Preparation of a safe and efficient antirabic vaccine - Number 44
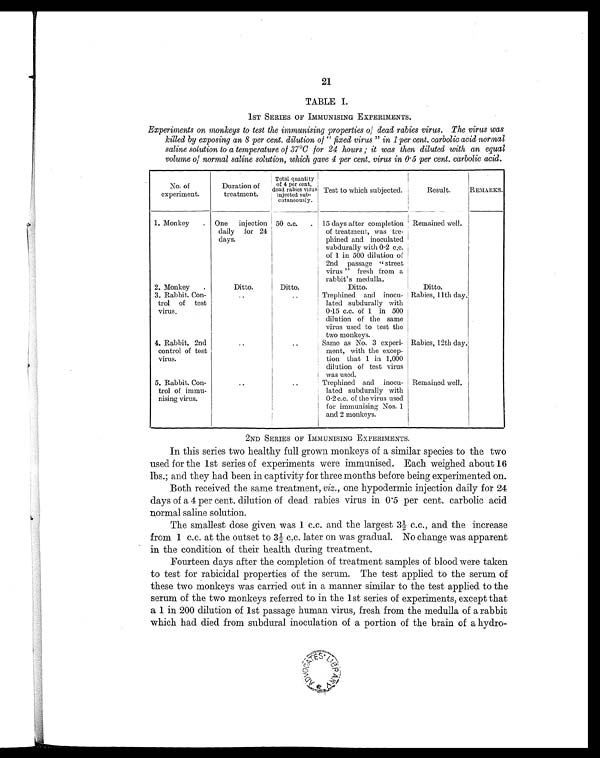
21
TABLE I.
1ST SERIES OF IMMUNISING EXPERIMENTS.
Experiments on monkeys to test the immunising properties of dead rabies virus. The virus was
killed by exposing an 8 per cent. dilution of " fixed virus " in 1 per cent. carbolic acid normal
saline solution to a temperature of 37°C for 24 hours ; it was then diluted with an equal
volume of normal saline solution, which gave 4 per cent. virus in 0.5 per cent. carbolic acid.
No. of
experiment.
Duration of
treatment.
Total quantity
of 4 per cent,
dead rabies virus
injected sub-
cutaneously.
Test to which subjected.
Result.
REMARKS.
1. Monkey . One injection
daily for 24
days.
50 c.c. . 15 days after completion
of treatment, was tre-
phined and inoculated
subdurally with 0.2 c.c.
of 1 in 500 dilution of
2nd passage " street
virus " fresh from a
rabbit's medulla.
Remained well.
2. Monkey .
Ditto.
Ditto.
Ditto.
Ditto.
3. Rabbit. Con-
trol of test
virus.
..
..
Trephined and inocu-
lated subdurally with
0.15 c.c. of 1 in 500
dilution of the same
virus used to test the
two monkeys.
Rabies, 11th day.
4. Rabbit, 2nd
control of test
virus.
..
..
Same as No. 3 experi-
ment, with the excep-
tion that 1 in 1,000
dilution of test virus
was used.
Rabies, 12th day.
5. Rabbit. Con-
trol of immu-
nising virus.
..
..
Trephined and inocu-
lated subdurally with
0.2 c.c. of the virus used
for immunising Nos. 1
and 2 monkeys.
Remained well.
2ND SERIES OF IMMUNISING EXPERIMENTS.
In this series two healthy full grown monkeys of a similar species to the two
used for the 1st series of experiments were immunised. Each weighed about 16
lbs.; and they had been in captivity for three months before being experimented on.
Both received the same treatment, viz., one hypodermic injection daily for 24
days of a 4 per cent. dilution of dead rabies virus in 0.5 per cent. carbolic acid
normal saline solution.
The smallest dose given was 1 c.c. and the largest 3½ c.c., and the increase
from 1 c.c. at the outset to 3½ c.c. later on was gradual. No change was apparent
in the condition of their health during treatment.
Fourteen days after the completion of treatment samples of blood were taken
to test for rabicidal properties of the serum. The test applied to the serum of
these two monkeys was carried out in a manner similar to the test applied to the
serum of the two monkeys referred to in the 1st series of experiments, except that
a 1 in 200 dilution of 1st passage human virus, fresh from the medulla of a rabbit
which had died from subdural inoculation of a portion of the brain of a hydro-